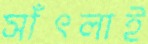
সাঁৎলাই